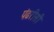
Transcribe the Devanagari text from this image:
पंढरीसी